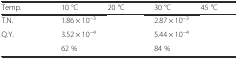
<table><thead><tr><td><b>Temp.</b></td><td><b>10 °C</b></td><td><b>20 °C</b></td><td><b>30 °C</b></td><td><b>45 °C</b></td></tr></thead><tbody><tr><td>T.N.</td><td>1.86 × 10<sup>−3</sup></td><td>[EMPTY_CELL]</td><td>2.87 × 10<sup>−3</sup></td><td>[EMPTY_CELL]</td></tr><tr><td>Q.Y.</td><td>3.52 × 10<sup>−4</sup></td><td>[EMPTY_CELL]</td><td>5.44 × 10<sup>−4</sup></td><td>[EMPTY_CELL]</td></tr><tr><td>[EMPTY_CELL]</td><td>62 %</td><td>[EMPTY_CELL]</td><td>84 %</td><td>[EMPTY_CELL]</td></tr></tbody></table>